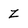
Character: z